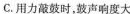
C.用力敲鼓时，鼓声响度大